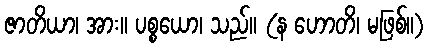
ဇာတိယာ၊ အား။ ပစ္စယော၊ သည်။ (န ဟောတိ၊ မဖြစ်။)